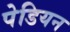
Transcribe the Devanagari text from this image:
पेडियन